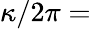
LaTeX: \kappa/2\pi=